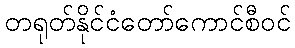
တရုတ်နိုင်ငံတော်ကောင်စီဝင်